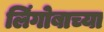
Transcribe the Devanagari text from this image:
लिंगोबाच्या